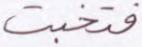
فتخبت